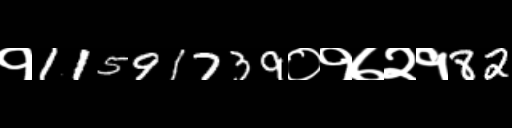
Text: १11591739०१७२१82